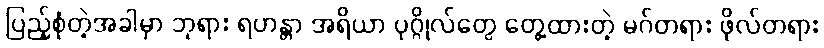
ပြည့်စုံတဲ့အခါမှာ ဘုရား ရဟန္တာ အရိယာ ပုဂ္ဂိုလ်တွေ တွေ့ထားတဲ့ မဂ်တရား ဖိုလ်တရား